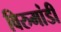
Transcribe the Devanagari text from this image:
विरुमांडी